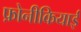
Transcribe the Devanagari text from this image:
फ़ोनीकियाई